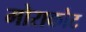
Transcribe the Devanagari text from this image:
मोराकोट